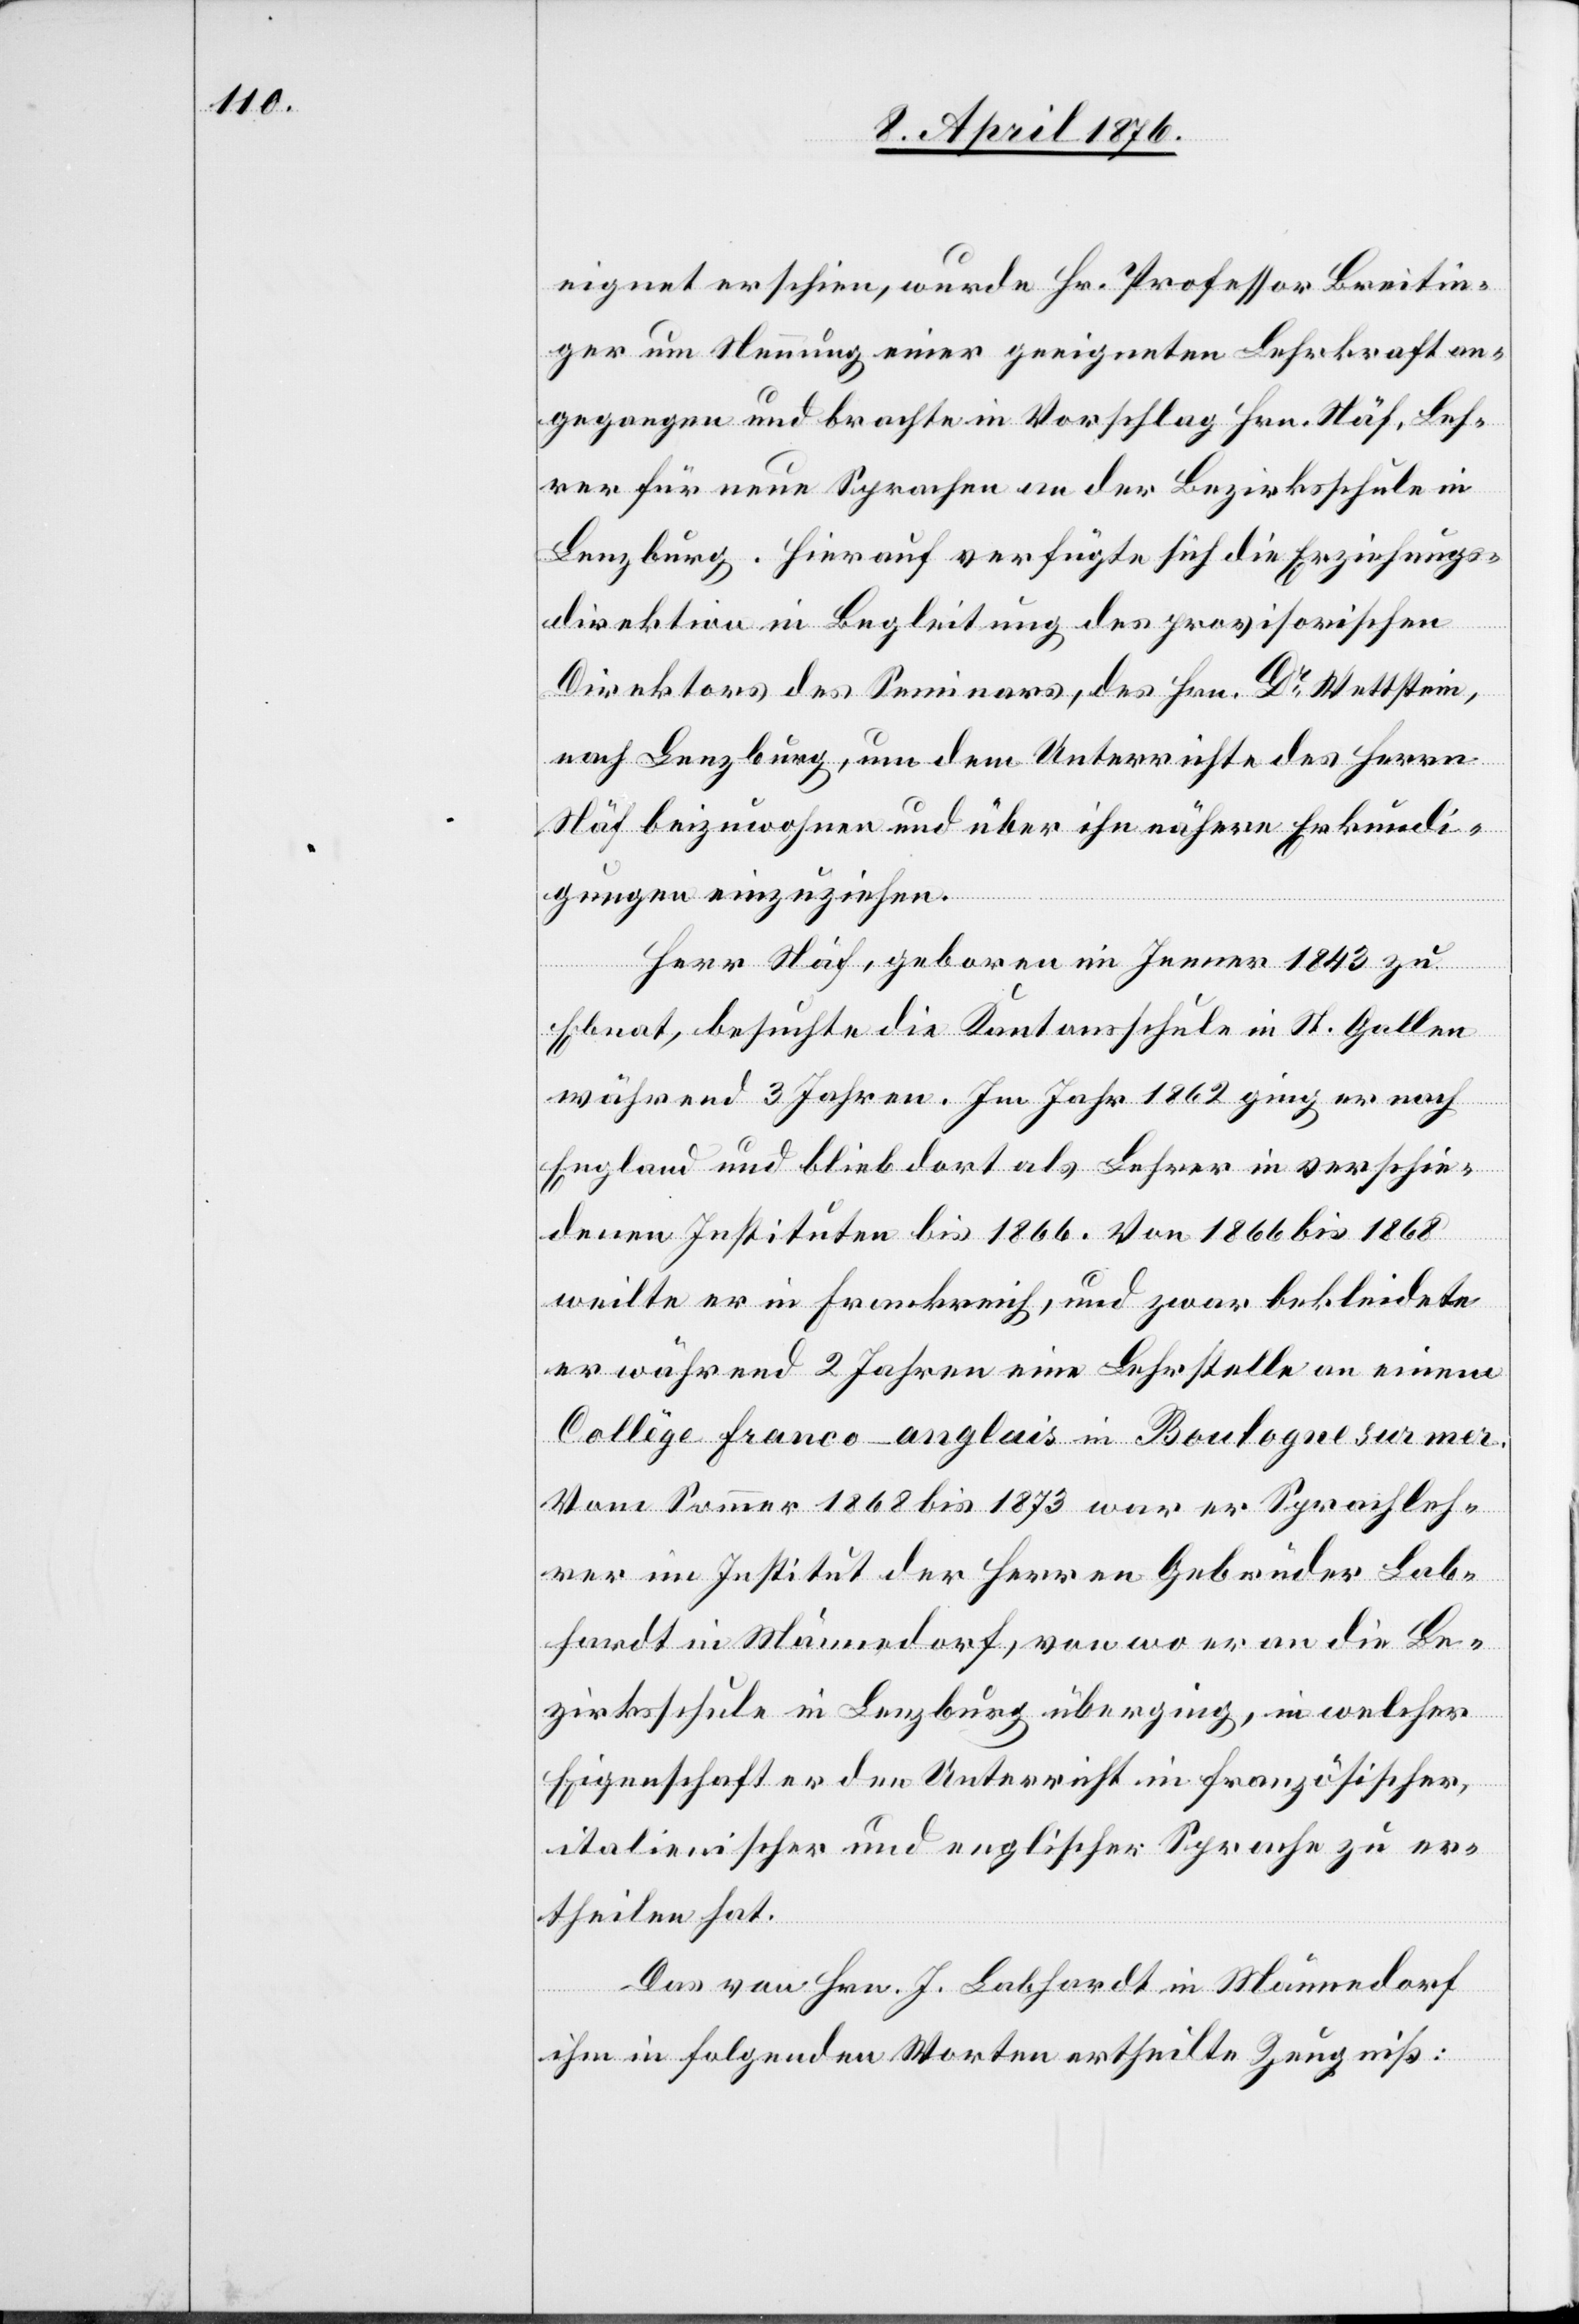
eignet erschien, wurde Hr. Professor Breitin¬
ger um Nennung einer geeigneten Lehrkraft an¬
gegangen und brachte in Vorschlag Hrn. Näf, Leh¬
rer für neue Sprachen an der Bezirksschule in
Lenzburg. Hierauf verfügte sich die Erziehungs¬
direktion in Begleitung des provisorischen
Direktors des Seminars, des Hrn. Dr Wettstein,
nach Lenzburg, um dem Unterrichte des Herrn
Näf beizuwohnen und über ihn nähere Erkundi¬
gungen einzuziehen.
Herr Näf, geboren im Jenner 1843 zu
Ebnat, besuchte die Kantonsschule in St. Gallen
während 3 Jahren. Im Jahr 1862 ging er nach
England und blieb dort als Lehrer in verschie¬
denen Instituten bis 1866. Von 1866 bis 1868
weilte er in Frankreich, und zwar bekleidete
er während 2 Jahren eine Lehrstelle an deinem
Collège franco-anglais in Boulogne sur mer.
Vom Sommer 1868 bis 1873 war er Sprechleh¬
rer im Institut der Herren Gebrüder Lab¬
hardt in Männedorf, von wo er an die Be¬
zirksschule in Lenzburg überging, in welcher
Eigenschaft er den Unterricht in französischer,
italienischer und englischer Sprache zu er¬
theilen hat.
Das von Hrn. J. Labhardt in Männedorf
ihm in folgenden Worten ertheilte Zeugniß: